Lunatic asylums Central Provinces reports 1886-1894 - 1886-1894
Year: 1886
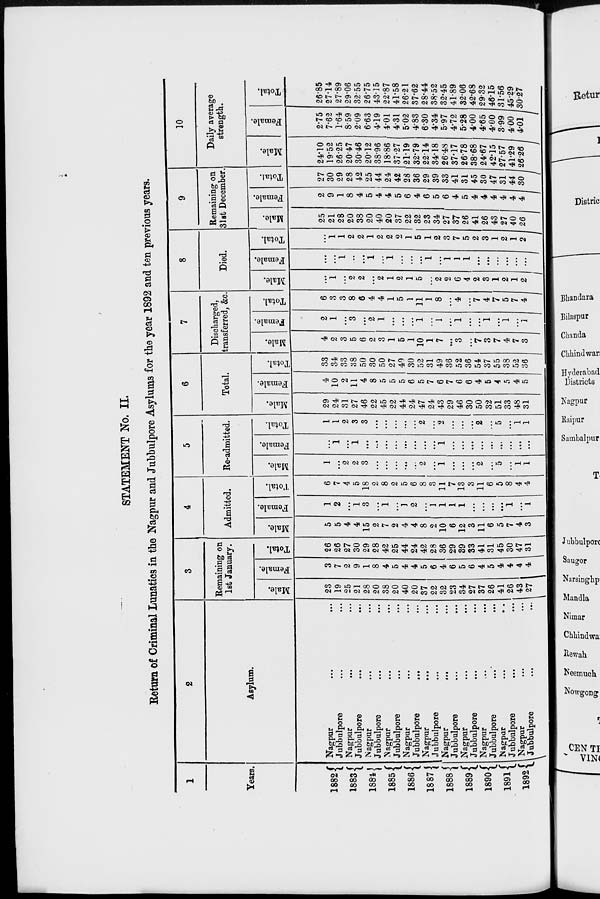
STATEMENT No. II.
Return of Criminal Lunatics in the Nagpur and Jubbulpore Asylums for the year 1892 and ten previous years.
1
Years.
1882
1883
1884
1885
1886
1887
1888
1889
1890
1891
1892
2
Asylum.
Nagpur ... ...
Jubbulpore ... ...
Nagpur ... ...
Jubbulpore ... ...
Nagpur ... ...
Jubbulpore ... ...
Nagpur ... ...
Jubbulpore ... ...
Nagpur ... ...
Jubbulpore
...
...
Nagpur ... ...
Jubbulpore ... ...
Nagpur ... ...
Jubbulpore ... ...
Nagpur ... ...
Jubbulpore ... ...
Nagpur ... ...
Jubbulpore ... ...
Nagpur ... ...
Jubbulpore ... ...
Nagpur ... ...
Jubbulpore
...
...
3
Remaining on
1st January.
Male.
23
19
25
21
28
20
38
20
40
20
37
22
32
23
34
27
37
26
41
26
43
27
Female.
3
7
2
9
1
8
4
5
4
4
5
6
4
6
5
6
4
5
4
4
4
4
Total.
26
26
27
30
29
28
42
25
44
24
42
28
36
29
39
33
41
31
45
30
47
31
4
Admitted.
Male.
5
5
4
4
15
2
7
2
4
4
8
2
10
6
12
3
11
6
5
7
4
3
Female.
1
2
...
1
3
...
1
...
1
2
...
1
1
1
1
...
...
...
...
1
...
1
Total.
6
7
4
5
18
2
8
2
5
6
8
3
11
7
13
3
11
6
5
8
4
4
5
Re-admitted.
Male.
1
...
2
2
3
...
...
...
...
...
2
...
1
...
...
...
2
...
5
...
1
1
Female.
...
1
...
1
...
...
...
...
...
...
...
...
1
...
...
...
...
...
...
...
...
...
Total.
1
1
2
3
3
...
...
...
...
...
2
...
2
...
...
...
2
...
5
...
1
1
6
Total.
Male.
29
24
31
27
46
22
45
22
44
24
47
24
43
29
46
30
50
32
51
33
48
31
Female.
4
10
2
11
4
8
5
5
5
6
5
7
6
7
6
6
4
5
4
5
4
5
Total.
33
34
33
38
50
30
50
27
49
30
52
31
49
36
52
36
54
37
55
38
52
36
7
Discharged,
transferred, &c.
Male.
4
2
3
5
6
2
3
1
5
1
10
1
7
...
3
...
7
3
7
4
7
3
Female.
2
1
...
3
...
2
1
...
...
...
1
...
1
...
1
...
...
1
...
1
...
1
Total.
6
3
3
8
6
4
4
1
5
1
11
1
8
...
4
...
7
4
7
5
7
4
8
Died.
Male.
...
1
...
2
2
...
2
1
2
1
5
...
2
2
6
4
2
3
1
2
1
2
Female.
...
...
1
...
...
1
...
1
...
...
...
1
...
1
1
1
...
...
...
...
...
...
Total.
...
1
1
2
2
1
2
2
2
1
5
1
2
3
7
5
2
3
1
2
1
2
9
Remaining on
31st December
Male.
25
21
28
20
38
20
40
20
37
22
32
23
34
27
37
26
41
26
43
27
40
26
Female.
2
9
1
8
4
5
4
4
5
6
4
6
5
6
4
5
4
4
4
4
4
4
Total.
27
30
29
28
42
25
44
24
42
28
36
29
39
33
41
31
45
30
47
31
44
30
10
Daily average
strength.
Male.
24.10
19.52
26.25
20.47
30.46
20.12
38.96
18.86
37.27
21.19
32.79
22.14
34.18
26.48
37.17
26.78
38.68
24.67
42.15
27.57
41.29
26.26
Female.
2.75
7.62
1.64
8.59
2.09
6.63
4.19
4.01
4.31
5.02
4.83
6.30
4.34
5.97
4.72
5.28
4.00
4.65
4.00
3.99
4.00
4.01
Total.
26.85
27.14
27.89
29.06
32.55
26.75
43.15
22.87
41.58
26.21
37.62
28.44
38.52
32.45
41.89
32.06
42.68
29.32
46.15
31.56
45.29
30.27